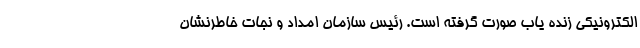
الکترونیکی زنده یاب صورت گرفته است. رئیس سازمان امداد و نجات خاطرنشان